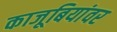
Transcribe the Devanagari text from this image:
काजूबियांवर